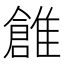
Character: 𩀞